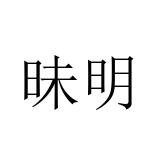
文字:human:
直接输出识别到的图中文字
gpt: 昧明